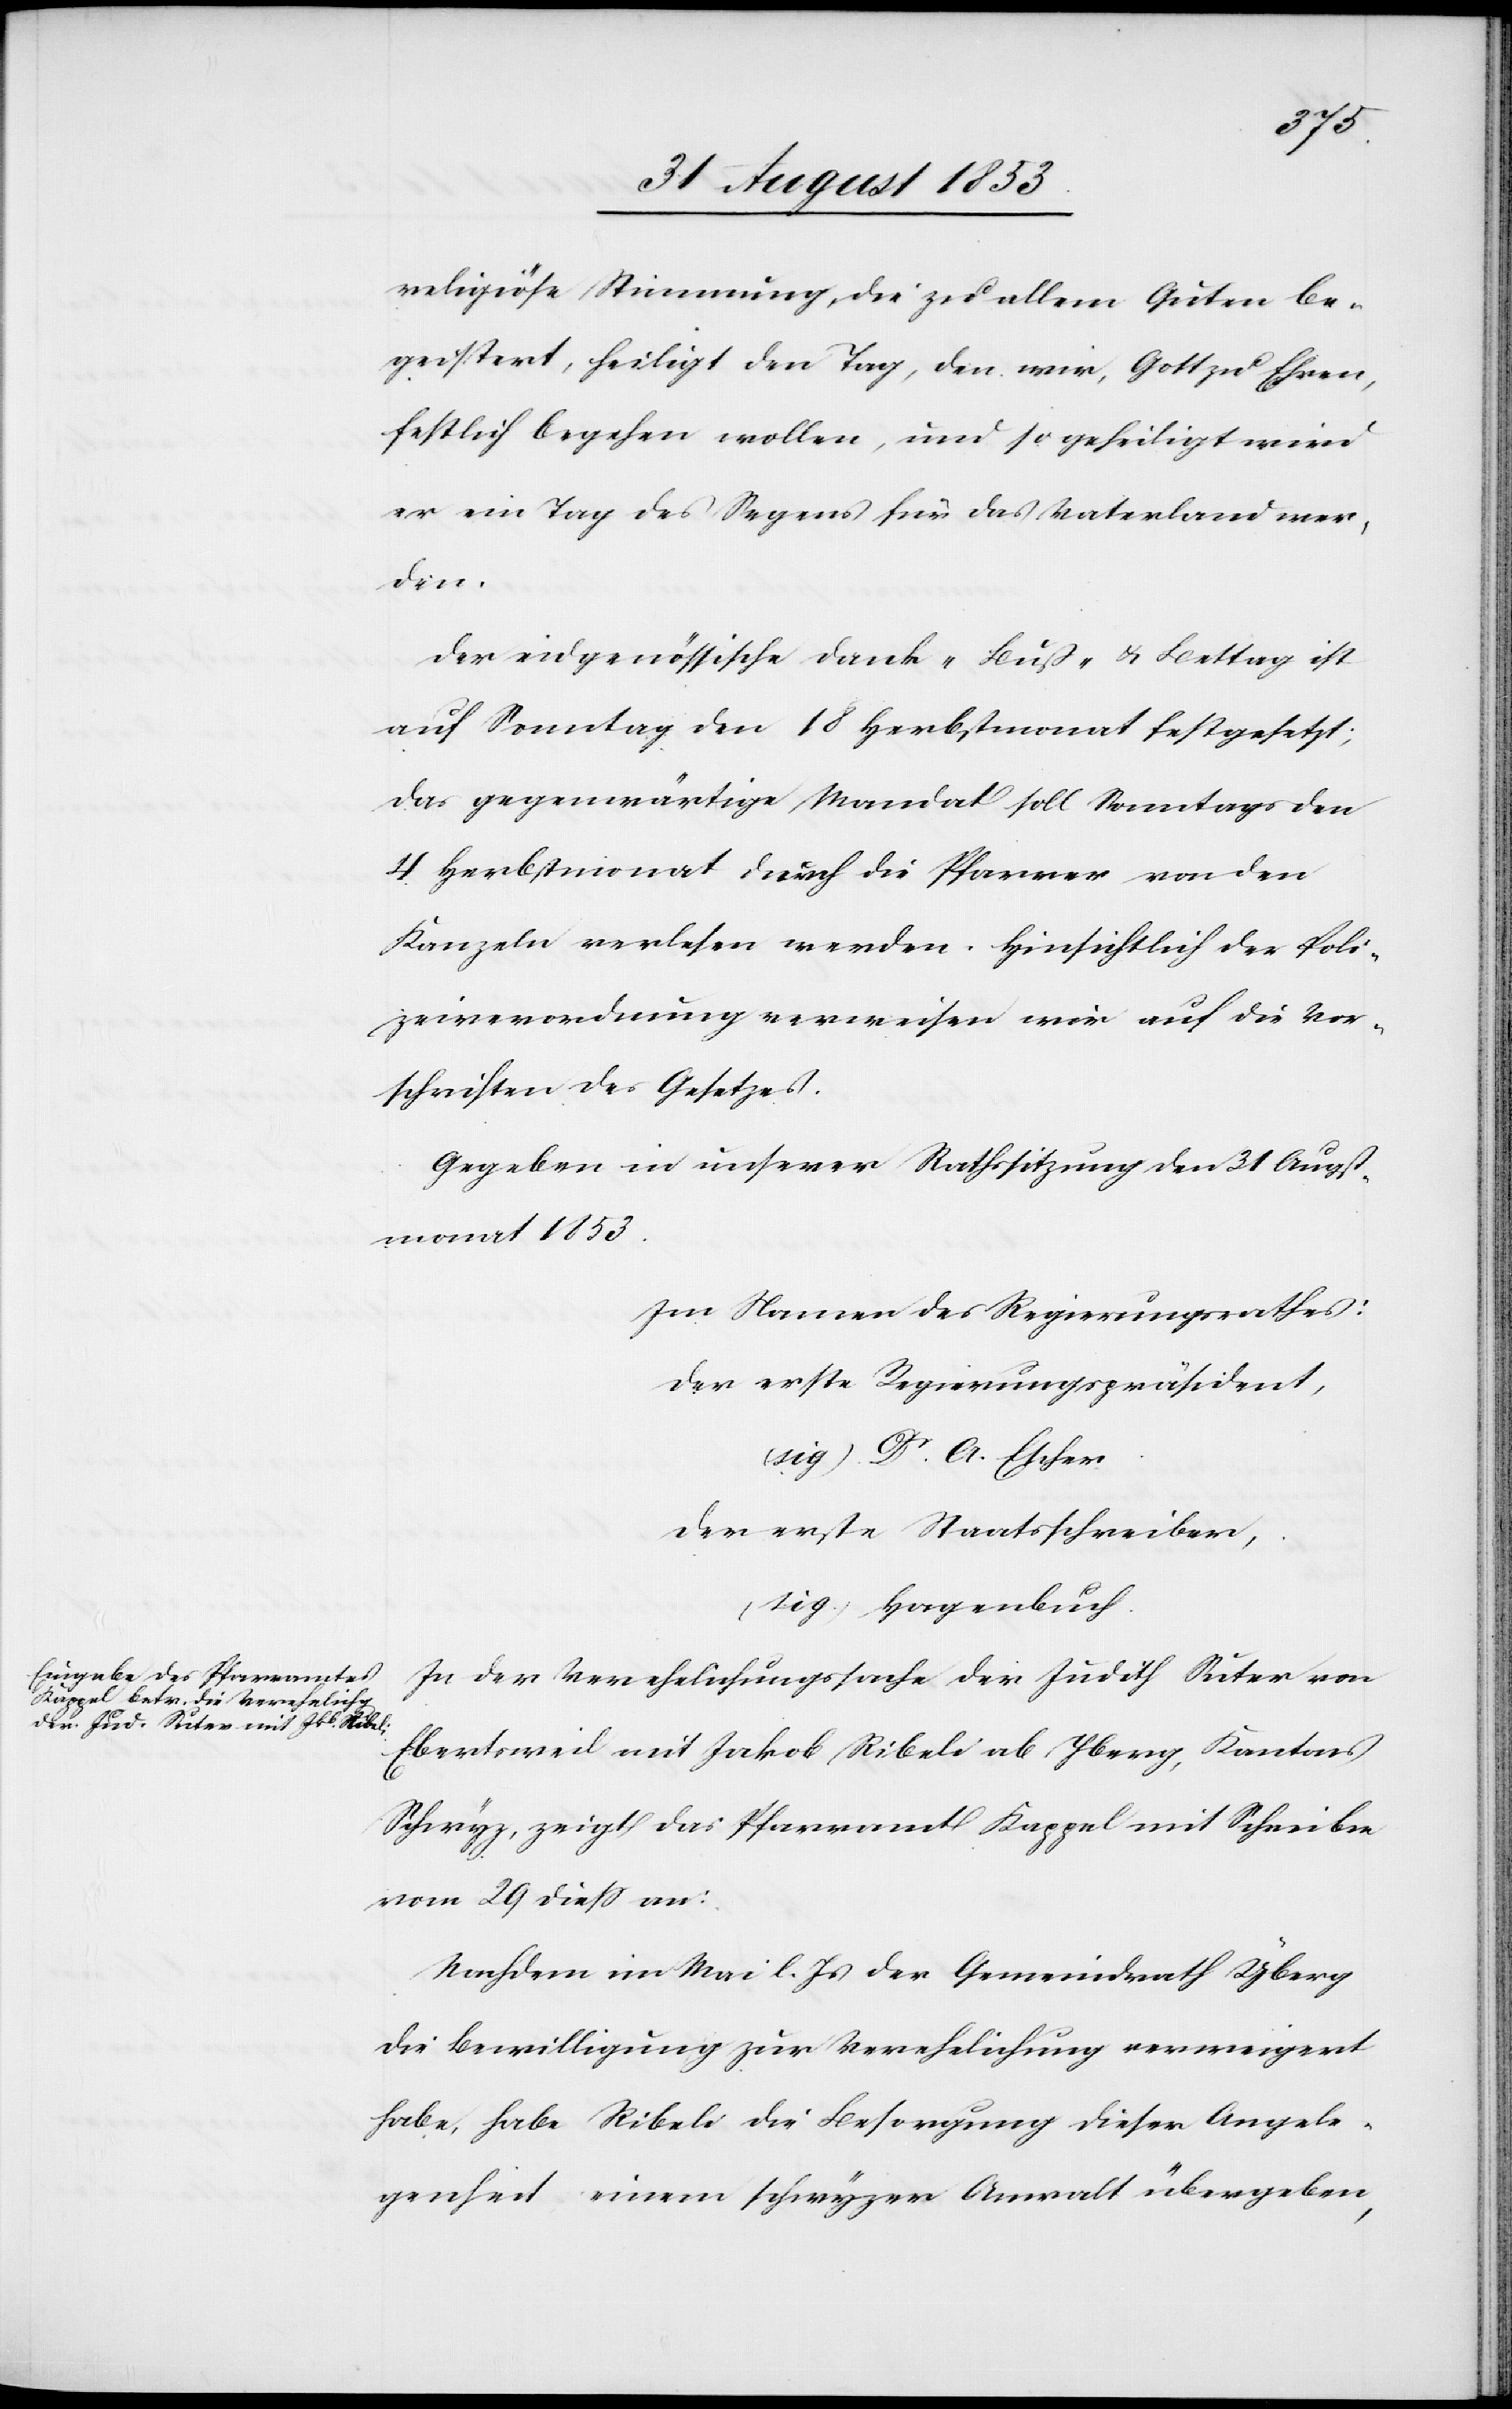
religiöse Stimmung, die zu allem Guten be¬
geistert, heiligt den Tag, den wir, Gott zu Ehren,
festlich begehen wollen, und so geheiligt wird
er ein Tag des Segens für das Vaterland wer¬
den.
Der eidgenössische Dank- Buß- u. Bettag ist
auf Sonntag den 18 Herbstmonat festgesetzt;
das gegenwärtige Mandat soll Sonntags den
4 Herbstmonat durch die Pfarrer von den
Kanzeln verlesen werden. Hinsichtlich der Poli¬
zeiverordnung verweisen wir auf die Vor¬
schriften des Gesetzes.
Gegeben in unserer Rathssitzung den 31 Augst¬
monat 1853.
Im Namen des Regierungsrathes:
Der erste Regierungspräsident,
(sig.) Dr A. Escher.
Der erste Staatsschreiber,
(sig.) Hagenbuch.
In der Verechnungssache der Judith Suter von
Eberstweil mit Jakob Ribeli ab Yberg, Kantons
Schwyz, zeigt das Pfarramt Kappel mit Schreiben
vom 29 dieß an:
Nachdem im Mai l. Js. der Gemeindrath Yberg
die Bewilligung zur Verehelichung verweigert
habe, habe Ribeli die Besorgung dieser Angele¬
genheit einem schwyzer Anwalt übergeben,